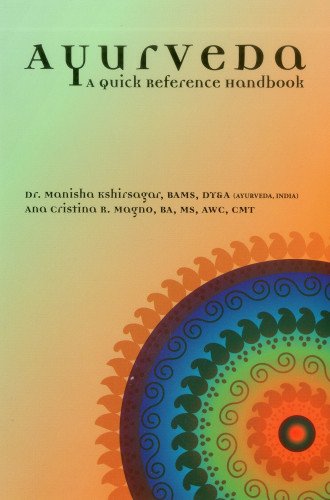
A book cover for Ayurveda: A Quick Reference Handbook; Manisha Kshirsagar; Health, Fitness & Dieting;